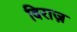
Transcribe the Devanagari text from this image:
विराज़